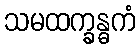
သမထက္ခန္ဓကံ